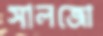
সালজো